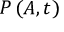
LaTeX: P \left( A , t \right)